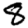
Digit: 8